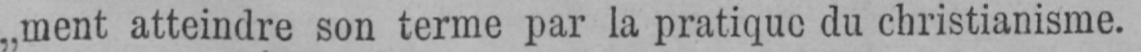
„ment atteindre son terme par la pratique du christianisme.